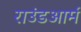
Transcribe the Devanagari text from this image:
राउंडआर्म